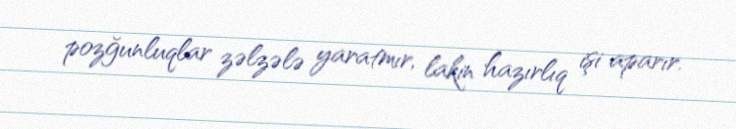
pozğunluqlar zəlzələ yaratmır, lakin hazırlıq işi aparır.